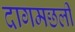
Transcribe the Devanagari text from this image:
दागमछली